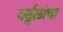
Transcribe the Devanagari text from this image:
वर्तुळांचा